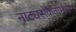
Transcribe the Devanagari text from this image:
नाट्यसंकेतांमध्ये